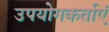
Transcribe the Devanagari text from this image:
उपयोगकर्ताएं